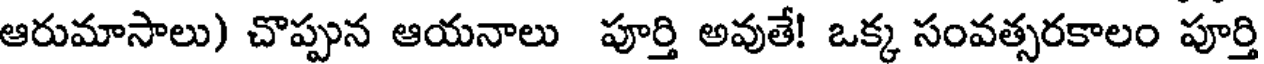
ఆరుమాసాలు) చొప్పున ఆయనాలు పూర్తి అవుతే! ఒక్క సంవత్సరకాలం పూర్తి